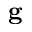
\mathbf { g }